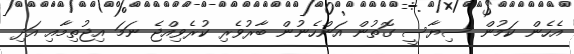
އެހެން ކަމުން ސިޔާސީ ގޮތުން އަންހެނުން ބާރުވެރި ކުރެވިއްޖެ ނަމަ އިޖުތިމާއި އަދި